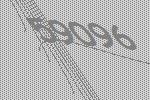
59096